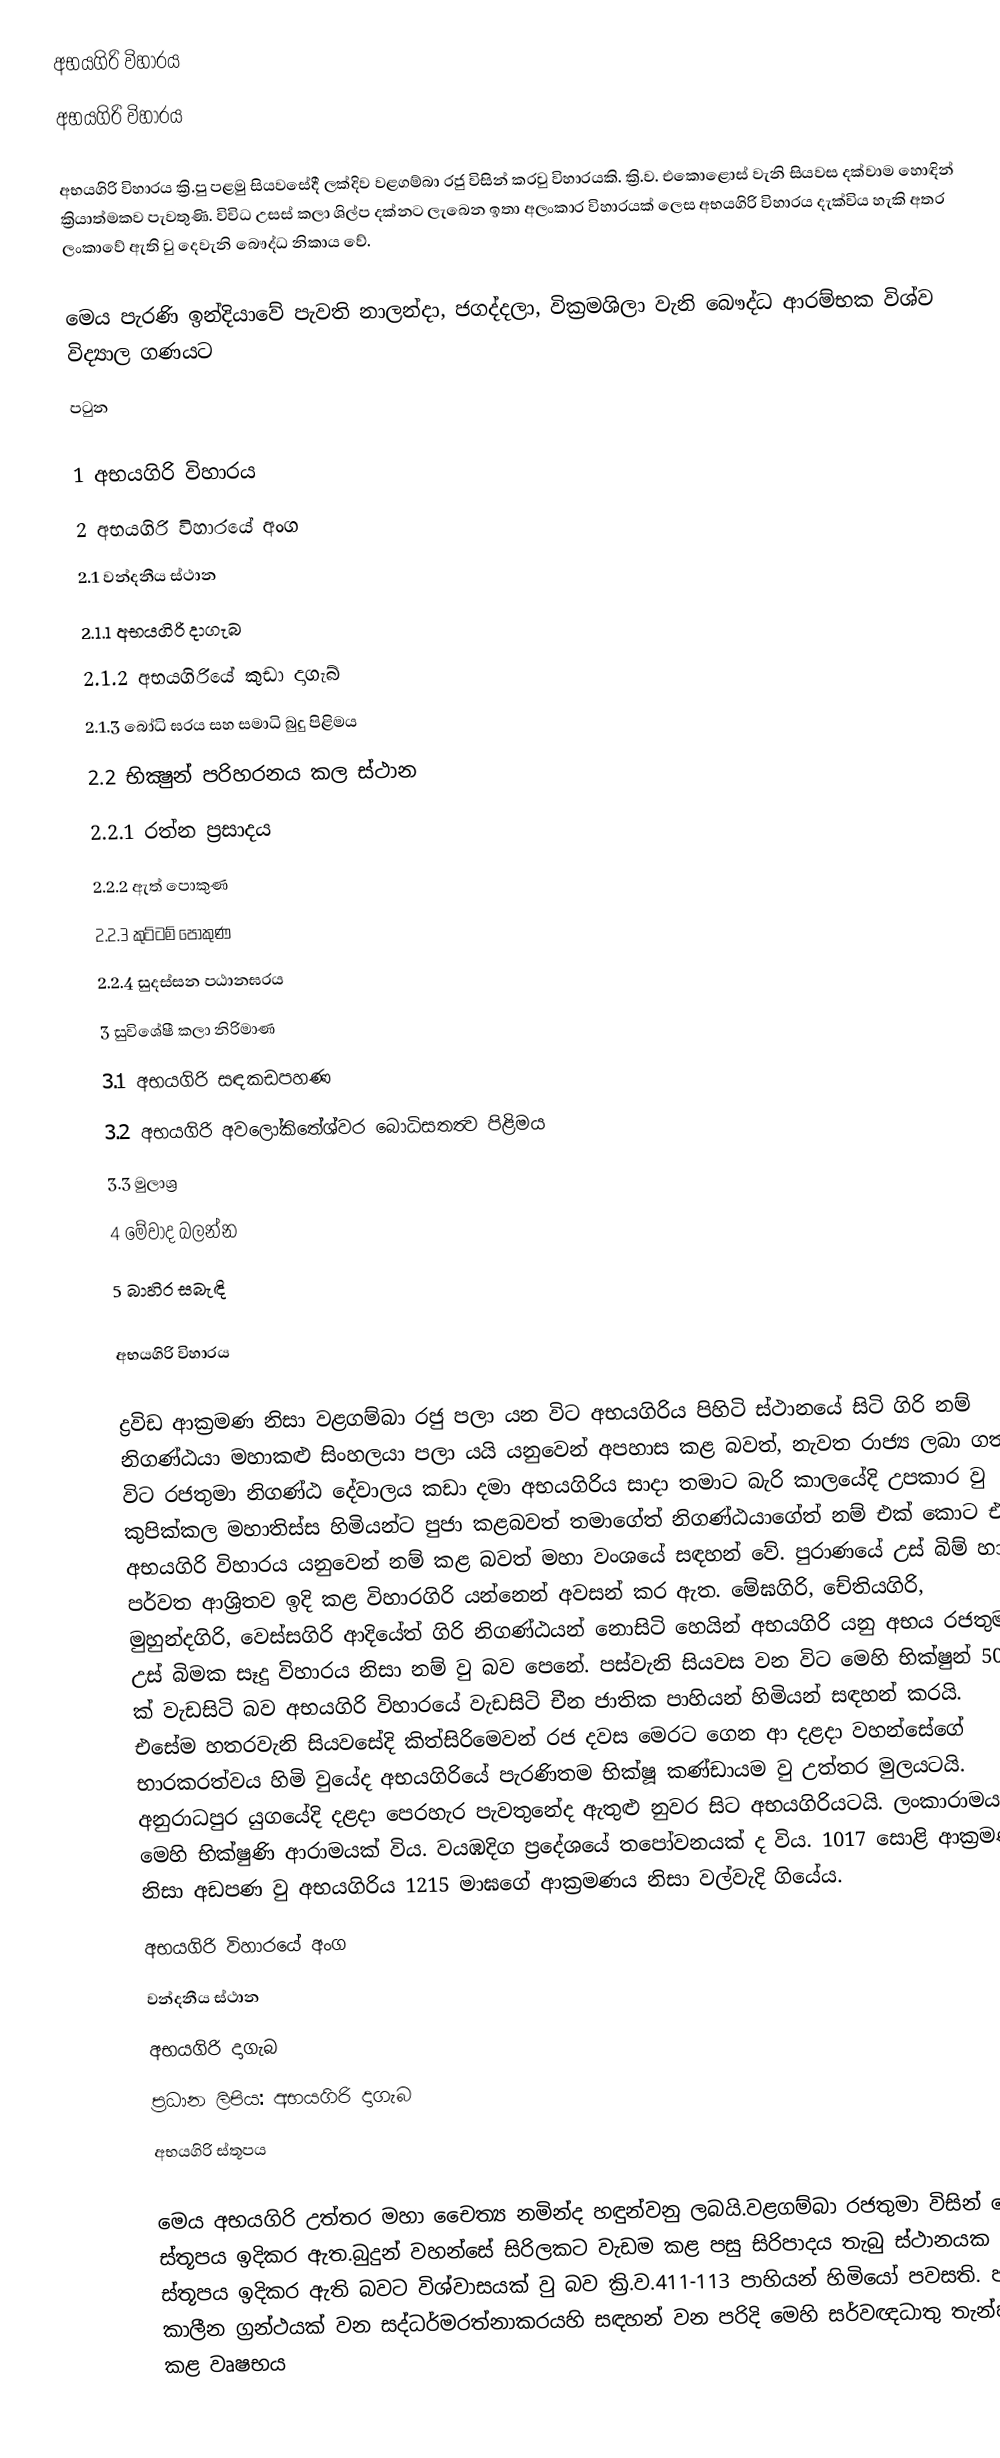
අභයගිරි විහාරය
අභයගිරි විහාරය

අභයගිරි විහාරය ක්‍රි.පු පළමු සියවසේදී ලක්දිව වළගම්බා රජු විසින් කරවු විහාරයකි. ක්‍රි.ව. එකොළොස් වැනි සියවස දක්වාම හොඳින් ක්‍රියාත්මකව පැවතුණි. විවිධ උසස් කලා ශිල්ප දක්නට ලැ‍බෙන ඉතා අලංකාර විහාරයක් ලෙස අභයගිරි විහාරය දැක්විය හැකි අතර ලංකාවේ ඇති වු දෙවැනි බෞද්ධ නිකාය වේ.

මෙය පැරණි ඉන්දියාවේ පැවති නාලන්දා, ජගද්දලා, වික්‍රමශිලා වැනි බෞද්ධ ආරම්භක විශ්ව විද්‍යාල ගණයට
පටුන

    1 අභයගිරි විහාරය
    2 අභයගිරි විහාරයේ අංග
        2.1 වන්දනීය ස්ථාන
            2.1.1 අභයගිරි දාගැබ
            2.1.2 අභයගිරියේ කුඩා දාගැබ්
            2.1.3 බෝධි ඝරය සහ සමාධි බුදු පිළිමය
        2.2 භික්‍ෂුන් පරිහරනය කල ස්ථාන
            2.2.1 රත්න ප්‍රසාදය
            2.2.2 ඇත් පොකුණ
            2.2.3 කුට්ටම් පොකුණ
            2.2.4 සුදස්සන පඨානඝරය
    3 සුවිශේෂී කලා නිරිමාණ
        3.1 අභයගිරි සඳකඩපහණ
        3.2 අභයගිරි අවලෝකිතේශ්වර බොධිසතත්‍ව පිළිමය
        3.3 මුලාශ්‍ර
    4 මේවාද බලන්න
    5 බාහිර සබැඳි

අභයගිරි විහාරය

ද්‍රවිඩ ආක්‍රමණ නිසා වළගම්බා රජු පලා යන විට අභයගිරිය පිහිටි ස්ථානයේ සිටි ගිරි නම් නිගණ්ඨයා මහාකළු සිංහලයා පලා යයි යනුවෙන් අපහාස කළ බවත්, නැවත රාජ්‍ය ලබා ගත් විට රජතුමා නිගණ්ඨ දේවාලය කඩා දමා අභයගිරිය සාදා තමාට බැරි කාලයේදි උපකාර වු කුපික්කල මහාතිස්ස හිමියන්ට පුජා කළබවත් තමාගේත් නිගණ්ඨයාගේත් නම් එක් කොට එය අභයගිරි විහාර‍ය යනුවෙන් නම් කළ බවත් මහා වංශයේ සඳහන් වේ. පුරාණයේ උස් බිම් හා පර්වත ආශ්‍රිතව ඉදි කළ විහාරගිරි යන්නෙන් අවසන් කර ඇත. මේඝගිරි, චේතියගිරි, මුහුන්දගිරි, වෙස්සගිරි ආදියේත් ගිරි නිගණ්ඨයන් නොසිටි හෙයින් අභයගිරි යනු අභය රජතුමා උස් බිමක සෑදු විහාරය නිසා නම් වු බව පෙනේ. පස්වැනි සියවස වන විට මෙහි භික්ෂුන් 5000 ක් වැඩසිටි බව අභයගිරි විහාරයේ වැඩසිටි චීන ජාතික පාහියන් හිමියන් සඳහන් කරයි. එසේම හතරවැනි සියවසේදි කිත්සිරිමෙවන් රජ දවස මෙරට ගෙන ආ දළදා වහන්සේගේ භාරකරත්වය හිමි වුයේද අභයගිරියේ පැරණිතම භික්ෂූ කණ්ඩායම වු උත්තර මුලය‍ටයි. අනුරාධපුර යුගයේදි දළදා පෙරහැර පැවතුනේද ඇතුළු නුවර සිට අභයගිරියටයි. ලංකා‍රාමය මෙහි භික්ෂුණි ආරාමයක් විය. වයඹදිග ප්‍රදේශයේ තපෝවනයක් ද විය. 1017 සොළි ආක්‍රමණ නිසා අඩපණ වු අභයගිරිය 1215 මාඝගේ ආක්‍රමණය නිසා වල්වැදි ගියේය.
අභයගිරි විහාරයේ අංග
වන්දනීය ස්ථාන
අභයගිරි දාගැබ
ප්‍රධාන ලිපිය: අභයගිරි දාගැබ
අභයගිරි ස්තූපය

මෙය අභයගිරි උත්තර මහා චෛත්‍ය නමින්ද හඳුන්වනු ලබයි.වළගම්බා රජතුමා විසින් මෙම ස්තූපය ඉදිකර ඇත.බුදුන් වහන්සේ සිරිලකට වැඩම කළ පසු සිරිපාදය තැබු ස්ථානයක ස්තූපය ඉදිකර ඇති බවට විශ්වාසයක් වු බව ක්‍රි.ව.411-113 පාහියන් හිමියෝ පවසති. පසු කාලීන ග්‍රන්ථයක් වන සද්ධර්මරත්නාකරයහි සඳහන් වන පරිදි මෙහි සර්වඥධාතු තැන්පත් කළ වෘෂභ‍ය